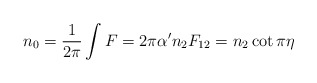
\begin{align*}n_0={1\over 2\pi}\int F = 2\pi\alpha^\prime n_2 F_{12} = n_2\cot\pi\eta\end{align*}